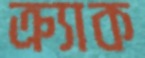
ক্র্যাক